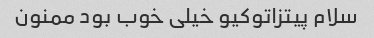
سلام پیتزاتوکیو خیلی خوب بود ممنون